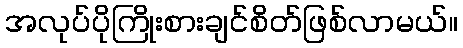
အလုပ်ပိုကြိုးစားချင်စိတ်ဖြစ်လာမယ်။